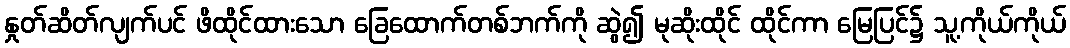
နှုတ်ဆိတ်လျက်ပင် ဖိထိုင်ထားသော ခြေထောက်တစ်ဘက်ကို ဆွဲ၍ မုဆိုးထိုင် ထိုင်ကာ မြေပြင်၌ သူ့ကိုယ်ကိုယ်